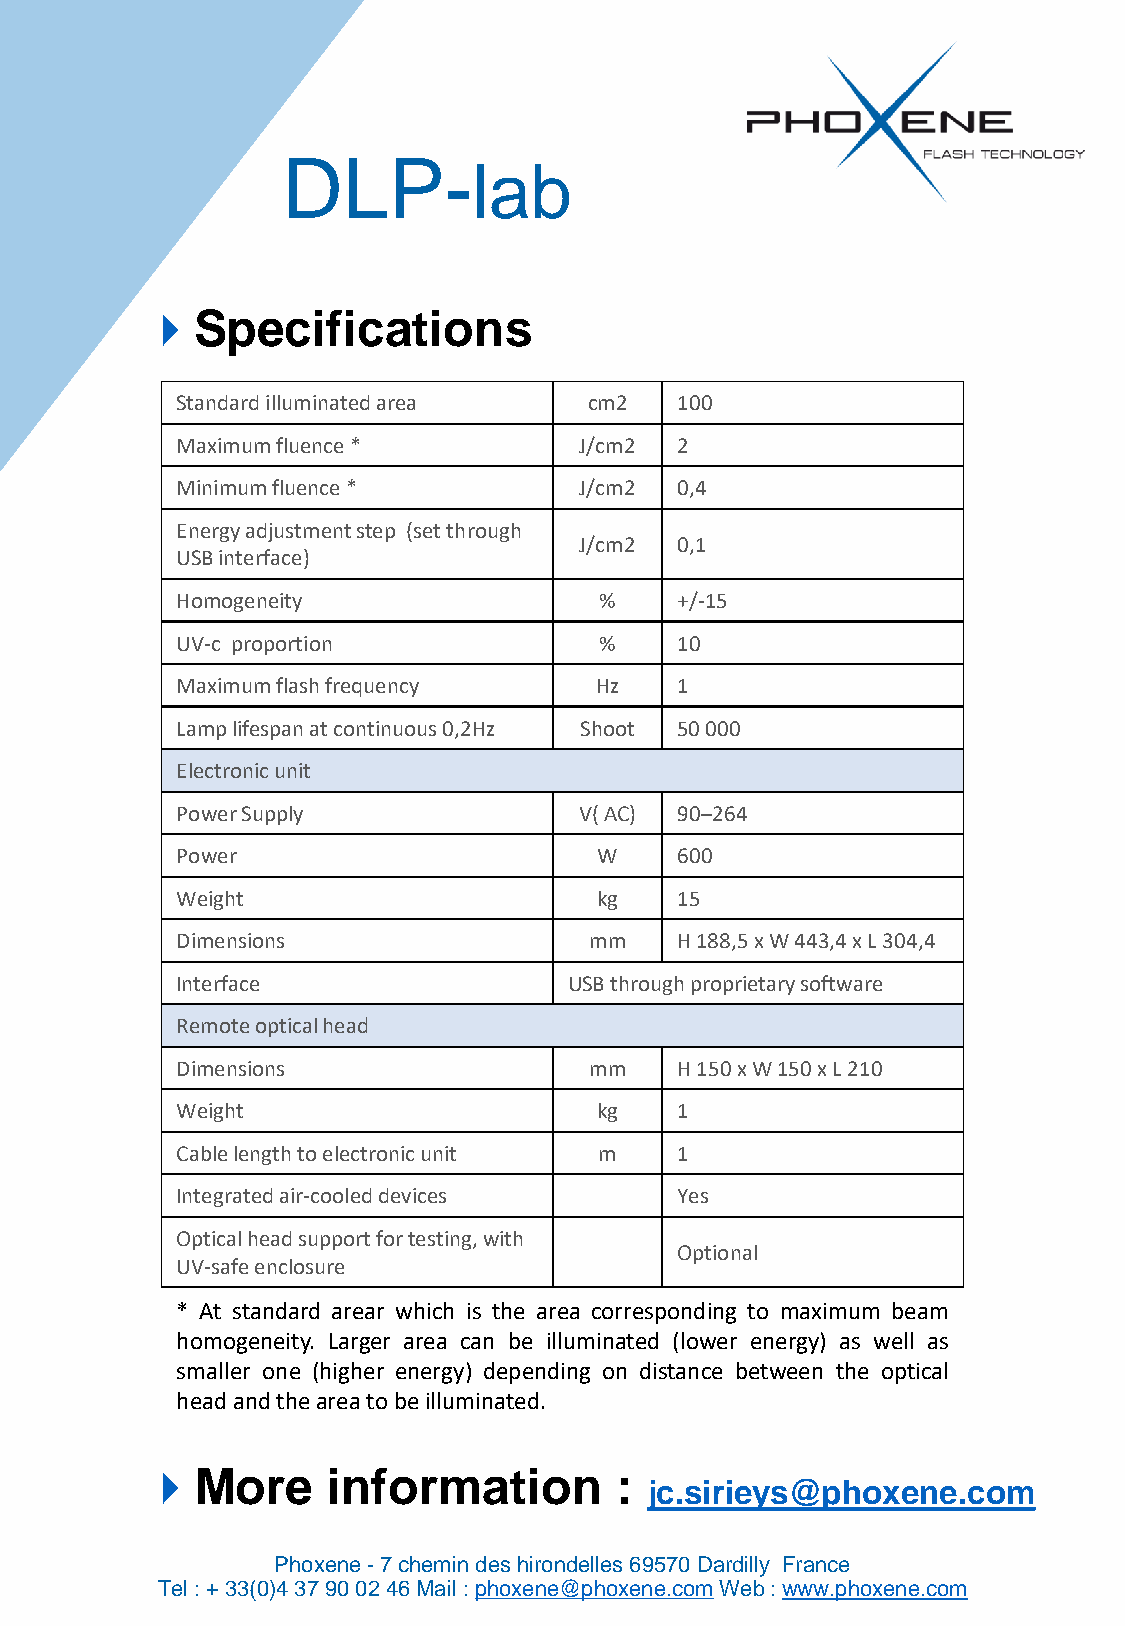
DLP-
 lab
 Specifications
 Standard illuminated area  cm2   100
 Maximum fluence *         J/cm2  2
 Minimum fluence *         J/cm2  0,4
 Energy adjustment step (set through
 J/cm2  0,1
 USB interface)
 Homogeneity                 %    +/-15
 UV-c proportion             %    10
 Maximum flash frequency    Hz    1
 Lamp lifespan at continuous 0,2Hz Shoot 50 000
 Electronic unit
 Power Supply              V( AC) 90–264
 Power                       W    600
 Weight                      kg   15
 Dimensions                 mm    H 188,5 x W 443,4 x L 304,4
 Interface                 USB through proprietary software
 Remote optical head
 Dimensions                 mm    H 150 x W 150 x L 210
 Weight                      kg   1
 Cable length to electronic unit m 1
 Integrated air-cooled devices    Yes
 Optical head support for testing, with
 Optional
 UV-safe enclosure
 * At standard arear which is the area corresponding to maximum beam
 homogeneity. Larger area can be illuminated (lower energy) as well as
 smaller one (higher energy) depending on distance between the optical
 headandtheareatobeilluminated.
 More       information        :
 jc.sirieys@phoxene.com
 Phoxene -7 chemin des hirondelles 69570 Dardilly France
 Tel : + 33(0)4 37 90 02 46 Mail : phoxene@phoxene.comWeb : www.phoxene.com